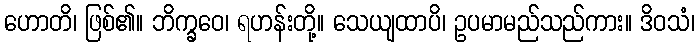
ဟောတိ၊ ဖြစ်၏။ ဘိက္ခဝေ၊ ရဟန်းတို့။ သေယျထာပိ၊ ဥပမာမည်သည်ကား။ ဒိဝသံ၊